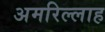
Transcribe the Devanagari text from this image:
अमरिल्लाह